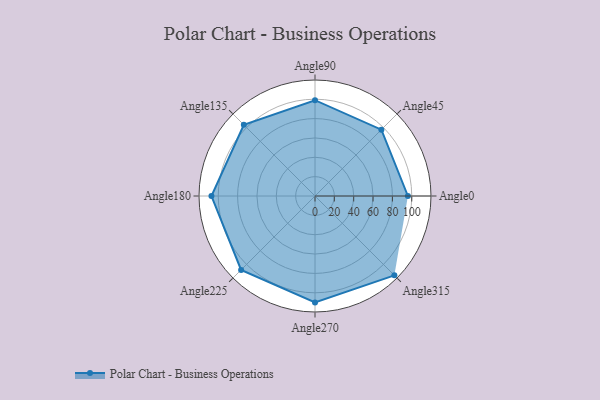
{"axis": {"x": "Angle", "y": "Radius"}, "legend": [""], "data": [{"x": "Angle0", "y": 96.0, "type": ""}, {"x": "Angle45", "y": 97.0, "type": ""}, {"x": "Angle90", "y": 99.0, "type": ""}, {"x": "Angle135", "y": 104.0, "type": ""}, {"x": "Angle180", "y": 107.0, "type": ""}, {"x": "Angle225", "y": 108.0, "type": ""}, {"x": "Angle270", "y": 110.0, "type": ""}, {"x": "Angle315", "y": 116.0, "type": ""}]}